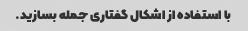
با استفاده از اشکال گفتاری جمله بسازید.